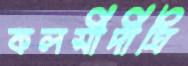
কলসীদীঘি